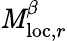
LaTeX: \mathit{M}_{\mathrm{{loc}},r}^{\beta}